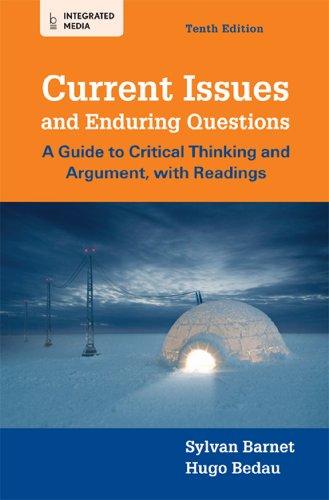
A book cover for Current Issues and Enduring Questions: A Guide to Critical Thinking and Argument, with Readings; Sylvan Barnet; Politics & Social Sciences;